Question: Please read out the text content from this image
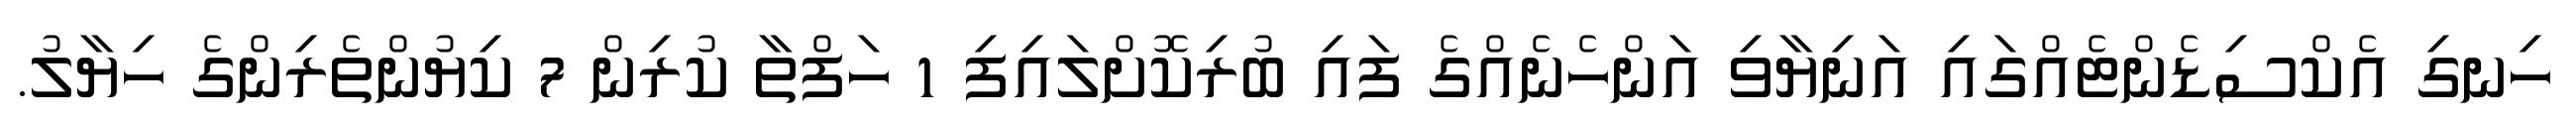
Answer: ހިނގި އެކްސިޑެންޓެއްގައި އަނިޔާވި އަންހެނެއްގެ ފައި ބުރިކޮށްލައިފި 1 ހަފްތާ ކުރިން 7 ކިޔުންތެރިންގެ ހިޔާލު.